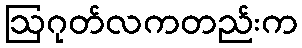
ဩဂုတ်လကတည်းက